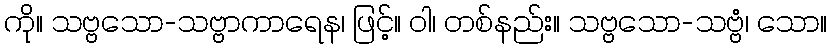
ကို။ သဗ္ဗသော-သဗ္ဗာကာရေန၊ ဖြင့်။ ဝါ၊ တစ်နည်း။ သဗ္ဗသော-သဗ္ဗံ၊ သော။